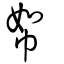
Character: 帤